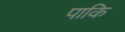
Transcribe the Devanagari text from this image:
पाकि